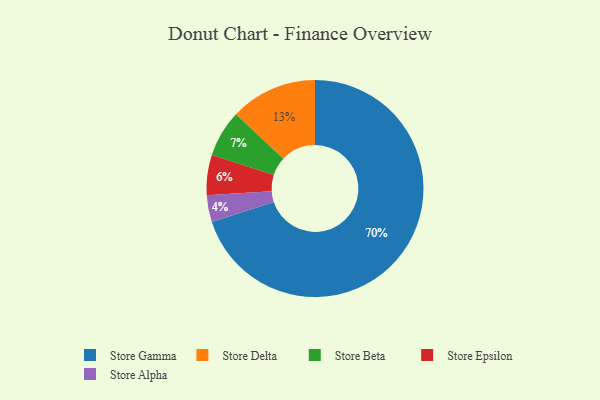
{"axis": {"x": "Category", "y": "Percentage"}, "legend": ["Store Alpha", "Store Beta", "Store Delta", "Store Epsilon", "Store Gamma"], "data": [{"x": "Store Beta", "y": 7, "type": "Store Beta"}, {"x": "Store Alpha", "y": 4, "type": "Store Alpha"}, {"x": "Store Gamma", "y": 70, "type": "Store Gamma"}, {"x": "Store Delta", "y": 13, "type": "Store Delta"}, {"x": "Store Epsilon", "y": 6, "type": "Store Epsilon"}]}